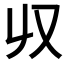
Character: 𠬞